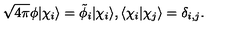
\sqrt { 4 \pi } \phi | \chi _ { i } \rangle = \tilde { \phi } _ { i } | \chi _ { i } \rangle , \langle \chi _ { i } | \chi _ { j } \rangle = \delta _ { i , j } .